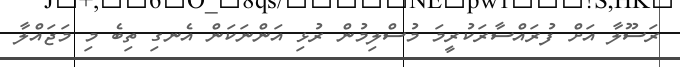
ރަސޫލާ އަށް ފުރައްސާރަކުރީމަ މުސްލިމުން ރުޅި އަންނަކަން އެނގި ތިބެ މި މަޖައްލާ